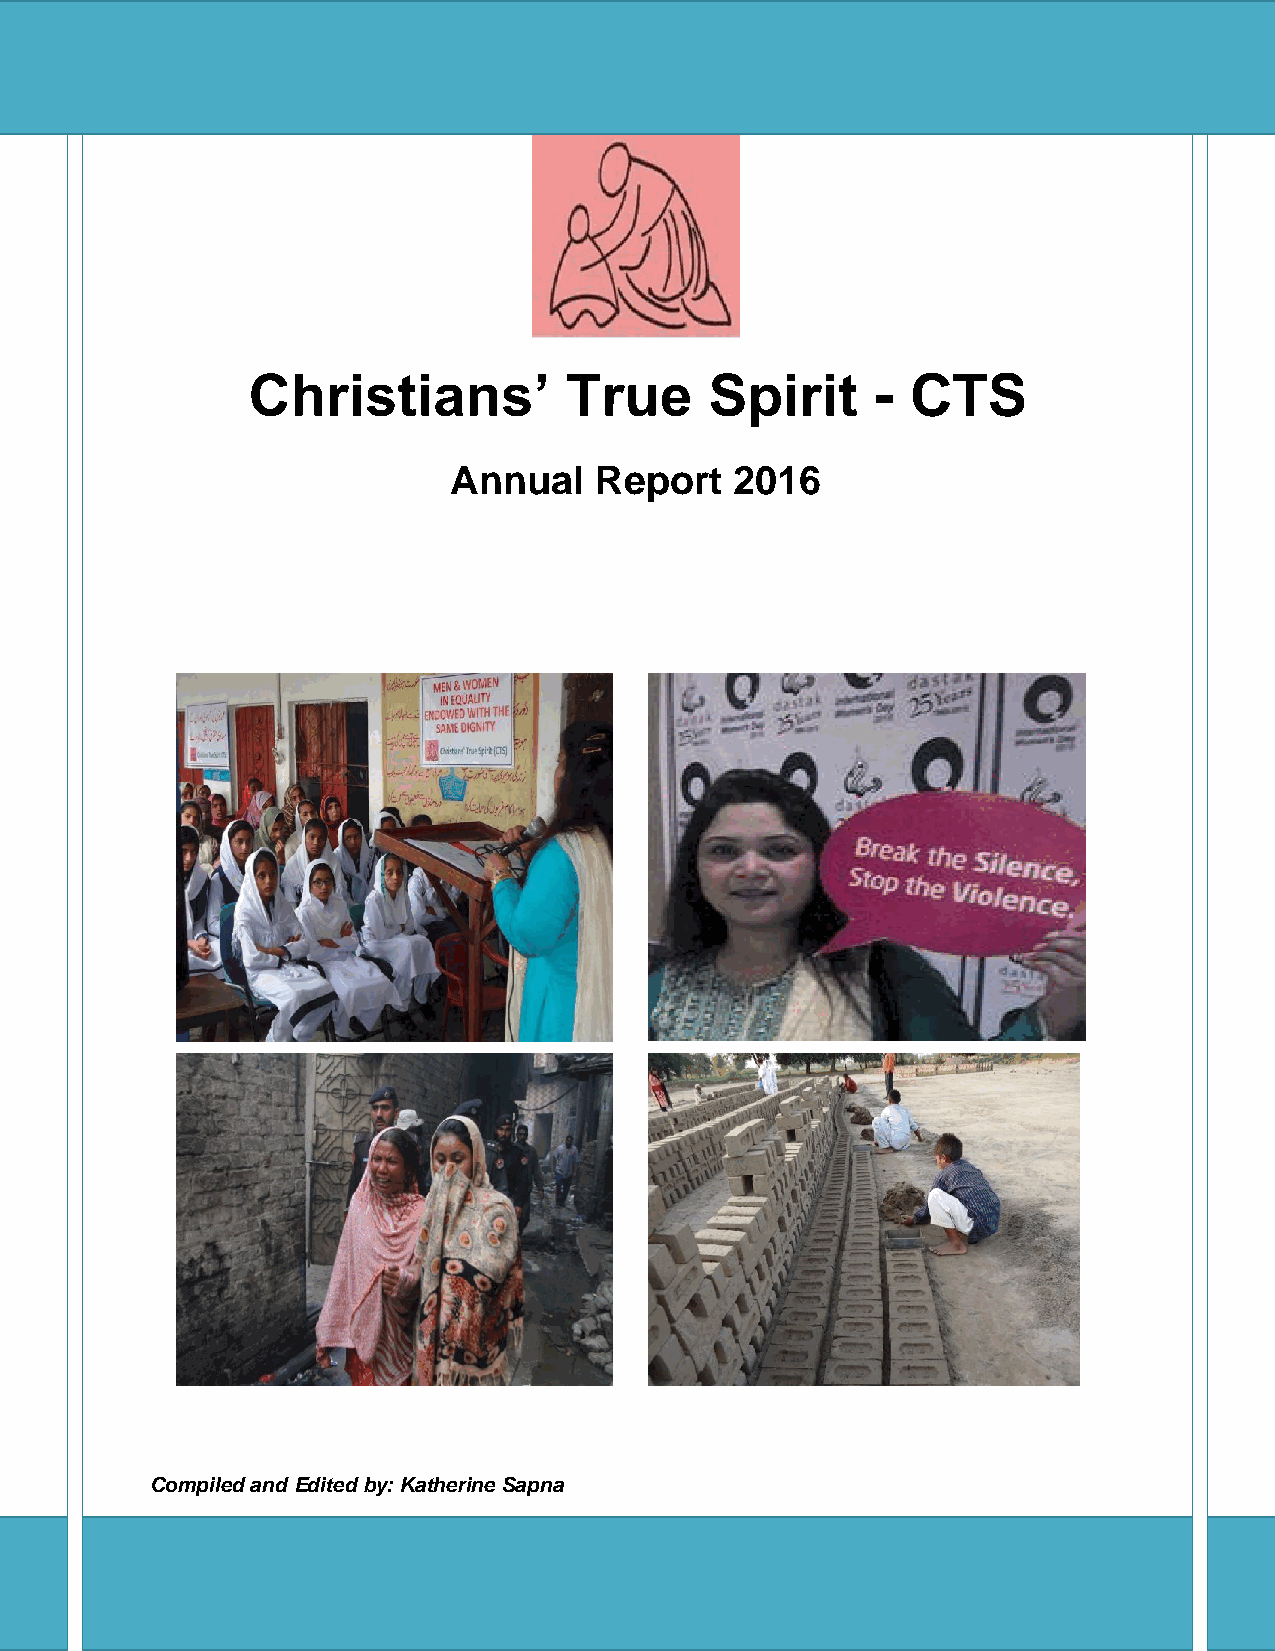
Christians’          True      Spirit     - CTS
 Annual   Report    2016
 Compiled and Edited by: Katherine Sapna